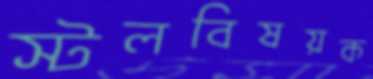
স্টলবিষয়ক